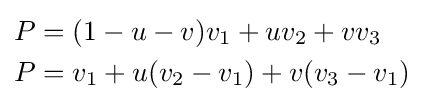
{\begin{aligned}P&=(1-u-v)v_{1}+uv_{2}+vv_{3}\\P&=v_{1}+u(v_{2}-v_{1})+v(v_{3}-v_{1})\end{aligned}}